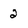
Character: 2